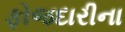
ફોજદારીના